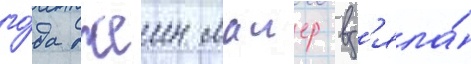
го́да джеин маиер вз'яла́